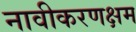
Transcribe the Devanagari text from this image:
नावीकरणक्षम